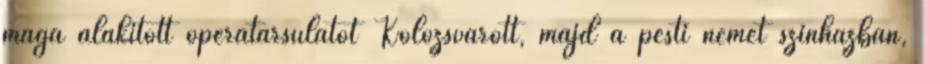
maga alakított operatársulatot Kolozsvárott, majd a pesti német színházban,